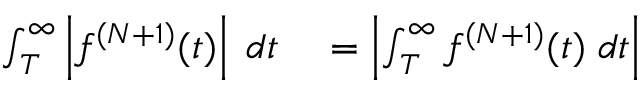
\begin{array} { r l } { \int _ { T } ^ { \infty } \left\lvert f ^ { ( N + 1 ) } ( t ) \right\rvert \; d t } & { { } = \left\lvert \int _ { T } ^ { \infty } f ^ { ( N + 1 ) } ( t ) \; d t \right\rvert } \end{array}